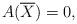
LaTeX: \begin{align*}A(\overline{X})=0 ,\end{align*}